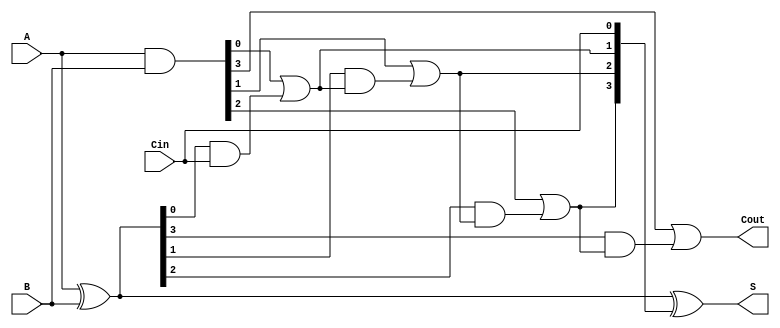
module CLA #(parameter N = 4) (
    input  wire [N-1:0] A,     // Input A
    input  wire [N-1:0] B,     // Input B
    input  wire Cin,            // Carry-in
    output wire [N-1:0] S,      // Sum output
    output wire Cout            // Carry-out
);
    // Generate and Propagate signals
    wire [N-1:0] G; // Generate signals
    wire [N-1:0] P; // Propagate signals
    wire [N:0] C;   // Carry signals

    // Generate and Propagate logic
    assign G = A & B;              // Generate
    assign P = A ^ B;              // Propagate

    // Carry signals calculation
    assign C[0] = Cin;             // C[0] = Cin

    genvar i;
    generate
        for (i = 0; i < N; i = i + 1) begin : carry_calc
            if (i == 0) begin
                assign C[i + 1] = G[i] | (P[i] & C[i]); // C[1] = G[0] + (P[0] * C[0])
            end else begin
                assign C[i + 1] = G[i] | (P[i] & C[i]); // C[i+1] = G[i] + (P[i] * C[i])
            end
        end
    endgenerate

    // Sum calculation
    assign S = P ^ C[N-1:0]; // S[i] = P[i] ^ C[i]

    // Carry-out
    assign Cout = C[N]; // Cout = C[N]

endmodule